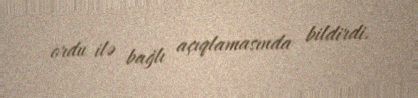
ordu ilə bağlı açıqlamasında bildirdi.